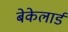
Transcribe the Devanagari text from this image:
बेकेलार्ड